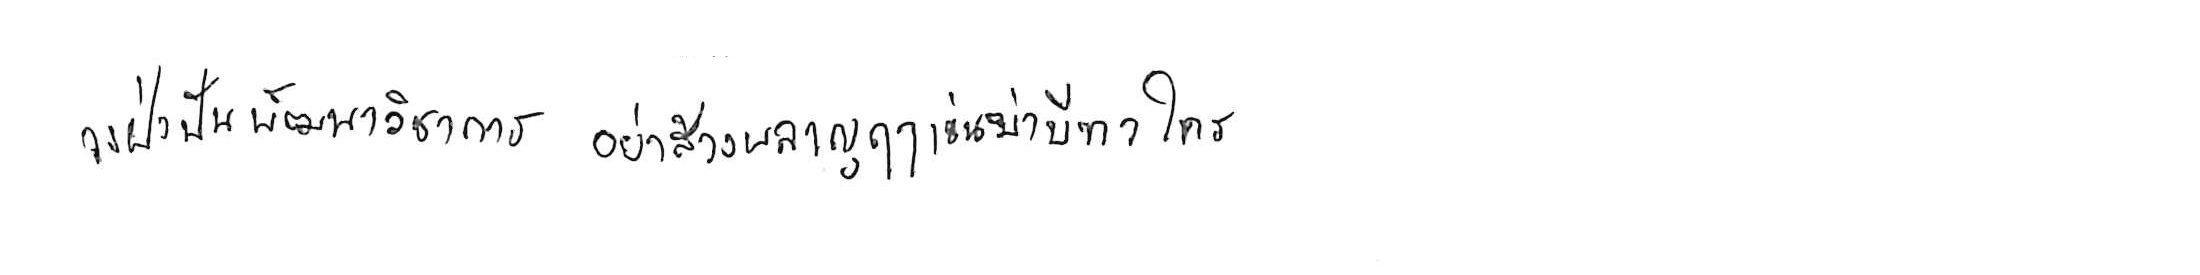
จงฝ่าฟันพัฒนาวิชาการ อย่าล้างผลาญฤๅเข่นฆ่าบีฑาใคร